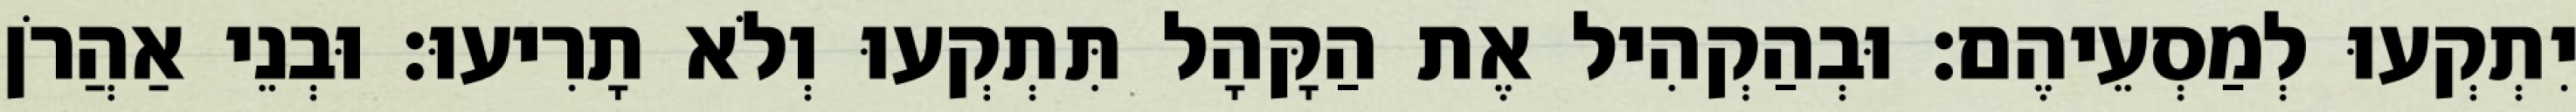
יִתְקְעוּ לְמַסְעֵיהֶם׃ וּבְהַקְהִיל אֶת הַקָּהָל תִּתְקְעוּ וְלֹא תָרִיעוּ׃ וּבְנֵי אַהֲרֹן